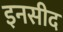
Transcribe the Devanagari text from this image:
इनसीद